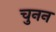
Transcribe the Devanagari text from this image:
चुनन